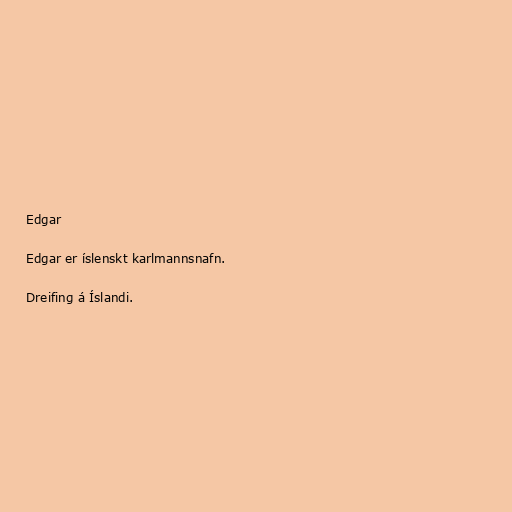
Edgar

Edgar er íslenskt karlmannsnafn.

Dreifing á Íslandi.